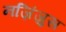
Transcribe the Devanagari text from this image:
नज़िंज़ुस